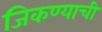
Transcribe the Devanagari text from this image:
जिकण्याची